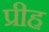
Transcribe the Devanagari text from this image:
प्रीह